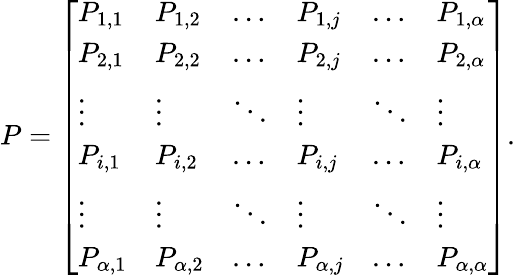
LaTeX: P=\left[{\begin{array}{llllll}{P_{1,1}}&{P_{1,2}}&{\dots}&{P_{1,j}}&{\dots}&{P_{1,\alpha}}\\ {P_{2,1}}&{P_{2,2}}&{\dots}&{P_{2,j}}&{\dots}&{P_{2,\alpha}}\\ {\vdots}&{\vdots}&{\ddots}&{\vdots}&{\ddots}&{\vdots}\\ {P_{i,1}}&{P_{i,2}}&{\dots}&{P_{i,j}}&{\dots}&{P_{i,\alpha}}\\ {\vdots}&{\vdots}&{\ddots}&{\vdots}&{\ddots}&{\vdots}\\ {P_{\alpha,1}}&{P_{\alpha,2}}&{\dots}&{P_{\alpha,j}}&{\dots}&{P_{\alpha,\alpha}}\end{array}}\right].